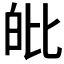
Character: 𤽊